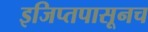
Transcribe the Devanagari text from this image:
इजिप्तपासूनच